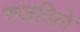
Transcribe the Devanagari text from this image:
रुजविले